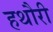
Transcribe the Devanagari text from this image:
हथौरी